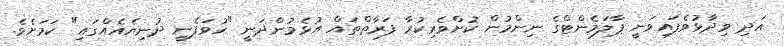
އަދި ވިދާޅުވެފައިވަނީ ޕާލަމެންޓްގެ ނިންމުން ކުށްވެރިކުރާ ފަރާތްތައް އުޅެމުންދަނީ "ހުވަފެނީ ދުނިޔެއެއްގައި" ކަމަށެވެ.